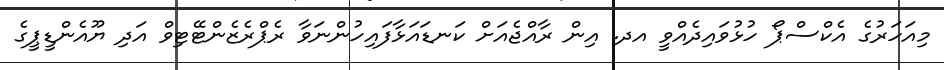
މިއަހަރުގެ އެކްސްޕޯ ހުޅުވައިދެއްވީ އދ. އިން ރާއްޖެއަށް ކަނޑައަޅާފައިހުންނަވާ ރެޕްރެޒެންޓޭޓިވް އަދި ޔޫއެންޑީޕީގެ